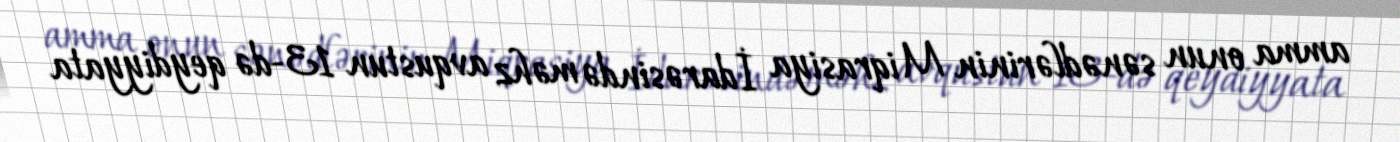
amma onun sənədlərinin Miqrasiya İdarəsində məhz avqustun 13-də qeydiyyata